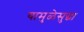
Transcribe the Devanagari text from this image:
यामुळेसुद्धा